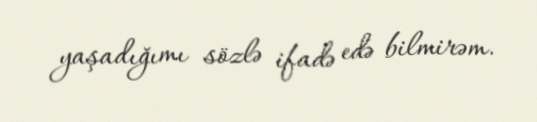
yaşadığımı sözlə ifadə edə bilmirəm.